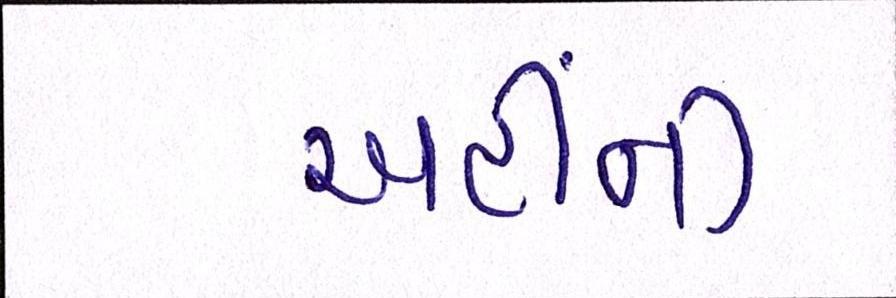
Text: અહીંની